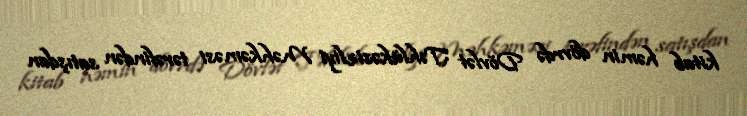
kitab həmin dövrdə Dövlət Təhlükəsizliyi Məhkəməsi tərəfindən satışdan